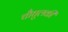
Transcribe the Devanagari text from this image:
चौघुलकी